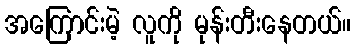
အကြောင်းမဲ့ လူကို မုန်းတီးနေတယ်။